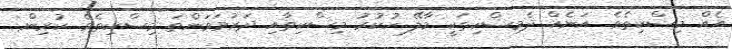
އެއް މިސްކިތެވެ. އަނެއް ދެމިސްކިތަކީ މާލޭ ހުކުރު މިސްކިތާއި ދަރުމަވަންތަ މިސްކިތެވެ. ކުރިން